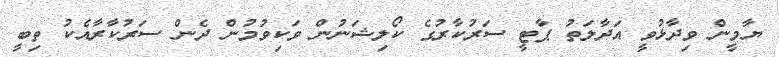
ޔާމީން ވިދާޅުވީ އަދާލަތު ޕާޓީ ސަރުކާރުގެ ކޯލިޝަނުން ވަކިވުމުން ދެން ސަރުކާރާއެކު ތިބީ